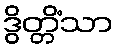
ဒွိတ္တိံသာ